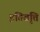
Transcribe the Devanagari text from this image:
इतिवृत्ति